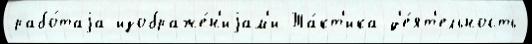
рабо́таjа изображе́н'иjам'и Та́кт'ика д'е́ят'ельность